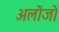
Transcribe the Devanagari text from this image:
अलोंजो